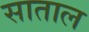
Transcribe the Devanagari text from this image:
साताल